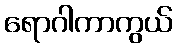
ရောဂါကာကွယ်